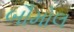
બૌમોલ